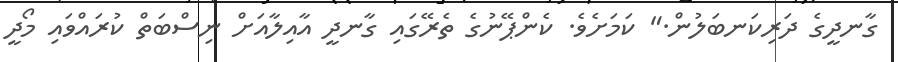
ގާނދީގެ ދަރިކަނބަލުން." ކަމަށެވެ. ކެންޕޭނުގެ ތެރޭގައި ގާނދީ އާއިލާއަށް ނިސްބަތް ކުރައްވައި މޯދީ